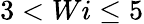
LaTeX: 3<Wi\leq 5